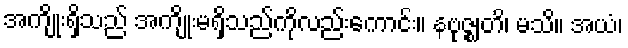
အကျိုးရှိသည် အကျိုးမရှိသည်ကိုလည်းကောင်း။ နဗုဇ္ဈတိ၊ မသိ။ အယံ၊